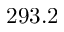
2 9 3 . 2